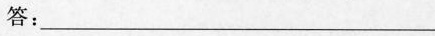
答：___